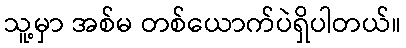
သူ့မှာ အစ်မ တစ်ယောက်ပဲရှိပါတယ်။